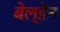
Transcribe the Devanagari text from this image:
बेल्डेन